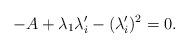
LaTeX: \begin{align*}-A+\lambda _1\lambda '_i -(\lambda '_i)^2=0.\end{align*}